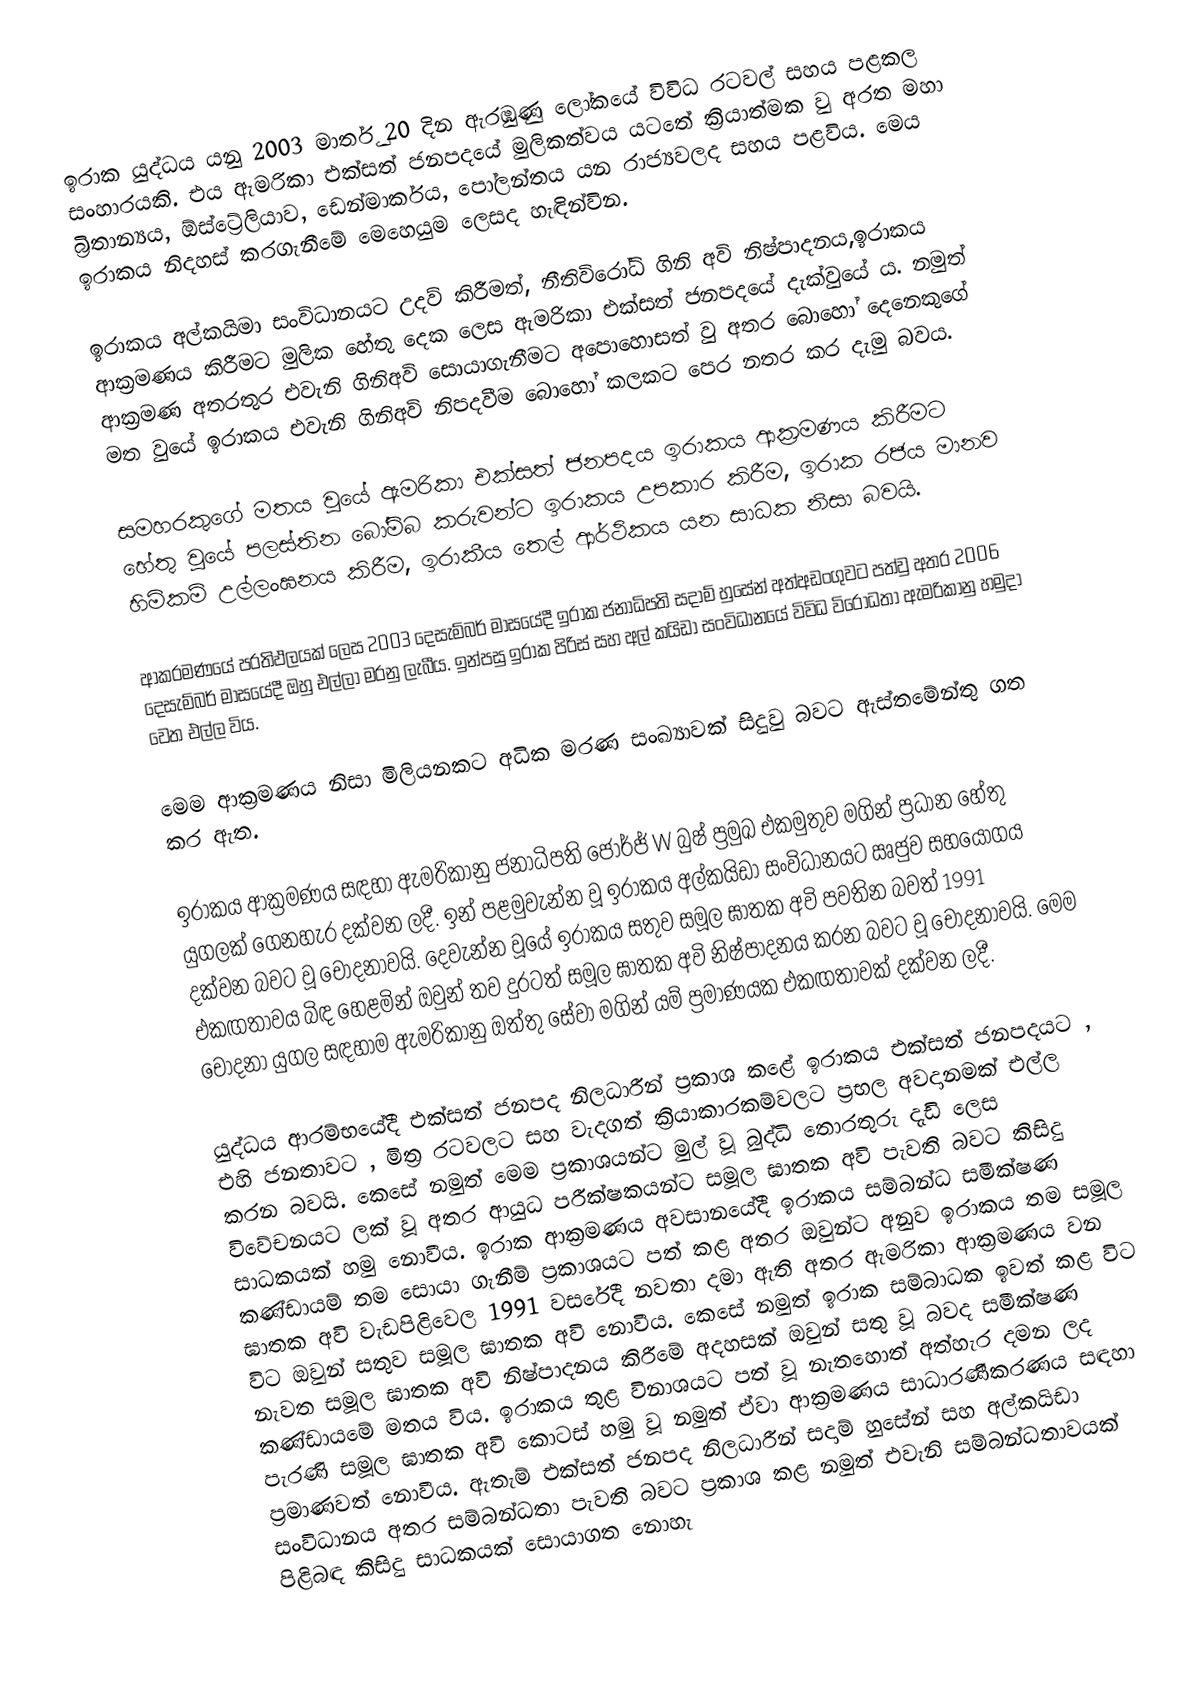
ඉරාක යුද්ධය යනු 2003 මාර්තු 20 දින ඇරඹුණු ලෝකයේ විවිධ රටවල් සහය පළකල සංහාරයකි. එය ඇමරිකා එක්සත් ජනපදයේ මුලිකත්වය යටතේ ක්‍රියාත්මක වු අරත මහා බ්‍රිතාන්‍යය,  ඕස්ට්‍රේලියාව, ඩෙන්මාර්කය, පෝලන්තය යන රාජ්‍යවලද සහය පළවිය. මෙය ඉරාකය නිදහස් කරගැනීමේ මෙහෙයුම ලෙසද හැඳින්වින.

ඉරාකය අල්කයිමා සංවිධානයට උදව් කිරීමත්, නීතිවිරෝධි ගිනි අවි නිෂ්පාදනය,ඉරාකය ආක‍්‍රමණය කිරීමට මුලික හේතු දෙක ලෙස ඇමරිකා එක්සත් ජනපදයේ දැක්වුයේ ය. නමුත් ආක‍්‍රමණ අතරතුර එවැනි ගිනිඅවි සොයාගැනීමට අපොහොසත් වු අතර බොහෝ දෙනෙකුගේ මත වුයේ ඉරාකය එවැනි ගිනිඅවි නිපදවීම බොහෝ කලකට පෙර නතර කර දැමු බවය.

සමහරකුගේ මතය වුයේ ඇමරිකා එක්සත් ජනපදය ඉරාකය ආක‍්‍රමණය කිරීමට හේතු වුයේ පලස්තින  බෝම්බ කරුවන්ට ඉරාකය උපකාර කිරීම, ඉරාක රජය මානව හිමිකම් උල්ලංඝනය කිරීම, ඉරාකීය තෙල් ආර්ථිකය යන සාධක නිසා බවයි.

ආක‍්‍රමණයේ ප‍්‍රතිඵලයක් ලෙස 2003 දෙසැම්බර් මාසයේදී ඉරාක ජනාධිපති සදාම් හුසේන් අත්අඩංගුවට පත්වු අතර 2006 දෙසැම්බර් මාසයේදී ඔහු එල්ලා මරනු ලැබීය. ඉන්පසු ඉරාක පිරිස් සහ අල් කයිඩා සංවිධානයේ විවිධ විරෝධතා ඇමරිකානු හමුදා වෙත එල්ල විය.

මෙම ආක‍්‍රමණය නිසා මිලියනකට අධික මරණ සංඛ්‍යාවක් සිදුවු බවට ඇස්තමේන්තු ගත කර ඇත.

ඉරාකය ආක්‍රමණය සඳහා ඇමරිකානු ජනාධිපති ජෝර්ජ් W බුෂ් ප්‍රමුඛ එකමුතුව මගින් ප්‍රධාන හේතු යුගලක් ගෙනහැර දක්වන ලදී. ඉන් පළමුවැන්න වූ ඉරාකය අල්කයිඩා සංවිධානයට ඍජුව සහයෝගය දක්වන බවට වූ චෝදනාවයි. දෙවැන්න වූයේ ඉරාකය සතුව සමූල ඝාතක අවි පවතින බවත් 1991 එකඟතාවය බිඳ හෙළමින් ඔවුන් තව දුරටත් සමූල ඝාතක අවි නිෂ්පාදනය කරන බවට වූ චෝදනාවයි. මෙම චෝදනා යුගල සඳහාම ඇමරිකානු ඔත්තු සේවා මගින් යම් ප්‍රමාණයක එකඟතාවක් දක්වන ලදී.

යුද්ධය ආරම්භයේදී එක්සත් ජනපද නිලධාරීන් ප්‍රකාශ කළේ ඉරාකය එක්සත් ජනපදයට , එහි ජනතාවට , මිත්‍ර රටවලට සහ වැදගත් ක්‍රියාකාරකම්වලට ප්‍රභල අවදානමක් එල්ල කරන බවයි. කෙසේ නමුත් මෙම ප්‍රකාශයන්ට මුල් වූ බුද්ධි තොරතුරු දැඩි ලෙස විවේචනයට ලක් වූ අතර ආයුධ පරීක්ෂකයන්ට සමූල ඝාතක අවි පැවති බවට කිසිදු සාධකයක් හමු නොවීය. ඉරාක ආක්‍රමණය අවසානයේදී ඉරාකය සම්බන්ධ සමීක්ෂණ කණ්ඩායම් තම සොයා ගැනීම් ප්‍රකාශයට පත් කළ අතර ඔවුන්ට අනුව ඉරාකය තම සමූල ඝාතක අවි වැඩපිළිවෙල 1991 වසරේදී නවතා දමා ඇති අතර ඇමරිකා ආක්‍රමණය වන විට ඔවුන් සතුව සමූල ඝාතක අවි නොවීය. කෙසේ නමුත් ඉරාක සම්බාධක ඉවත් කළ විට නැවත සමූල ඝාතක අවි නිෂ්පාදනය කිරීමේ අදහසක් ඔවුන් සතු වූ බවද සමීක්ෂණ කණ්ඩායමේ මතය විය. ඉරාකය තුළ විනාශයට පත් වූ නැතහොත් අත්හැර දමන ලද පැරණි සමූල ඝාතක අවි කොටස් හමු වූ නමුත් ඒවා ආක්‍රමණය සාධාරණීකරණය සඳහා ප්‍රමාණවත් නොවීය. ඇතැම් එක්සත් ජනපද නිලධාරීන් සදාම් හුසේන් සහ අල්කයිඩා සංවිධානය අතර සම්බන්ධතා පැවති බවට ප්‍රකාශ කළ නමුත් එවැනි සම්බන්ධතාවයක් පිළිබඳ කිසිදු සාධකයක් සොයාගත නොහැ